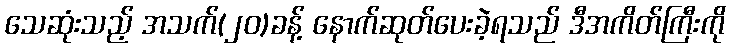
သေဆုံးသည့် အသက်(၂၀)ခန့် နောက်ဆုတ်ပေးခဲ့ရသည် ဒီအကိတ်ကြီးကို